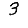
Digit: 3